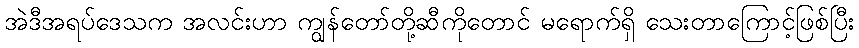
အဲဒီအရပ်ဒေသက အလင်းဟာ ကျွန်တော်တို့ဆီကိုတောင် မရောက်ရှိ သေးတာကြောင့်ဖြစ်ပြီး